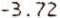
-3.72